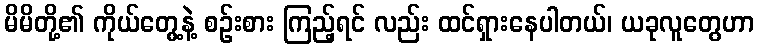
မိမိတို့၏ ကိုယ်တွေ့နဲ့ စဉ်းစား ကြည့်ရင် လည်း ထင်ရှားနေပါတယ်၊ ယခုလူတွေဟာ